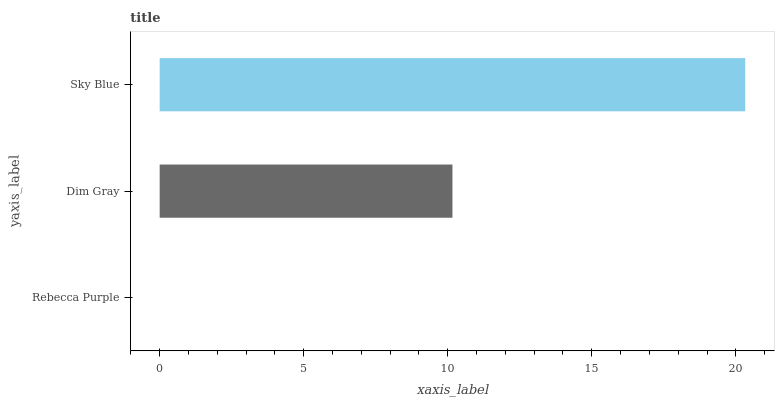
| yaxis_label | bars |
 | --- | --- |
 | Rebecca Purple | 0 |
 | Dim Gray | 10.2 |
 | Sky Blue | 20.3 |